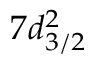
7 d _ { 3 / 2 } ^ { 2 }